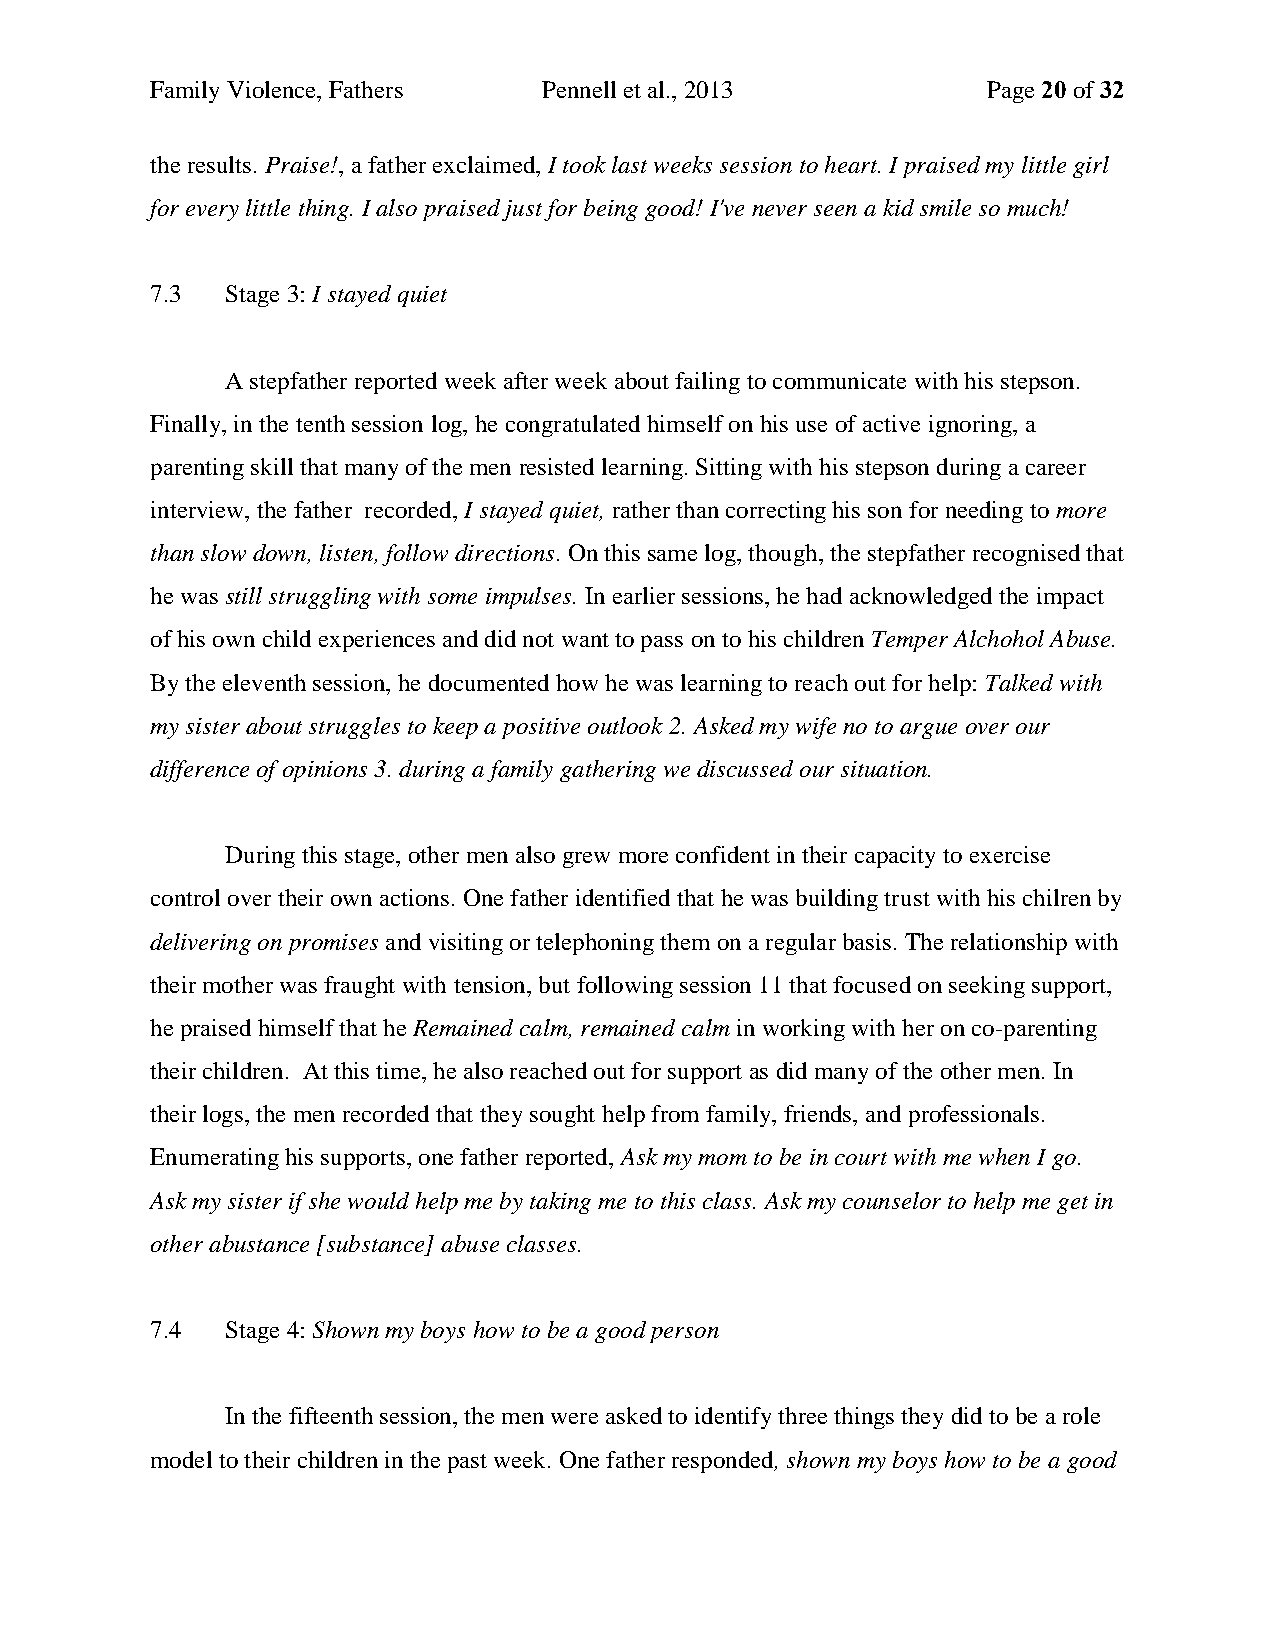
Family Violence, Fathers  Pennell et al., 2013         Page 20 of 32
 the results. Praise!, a father exclaimed, I took last weeks session to heart. I praised my little girl
 for every little thing. I also praised just for being good! I've never seen a kid smile so much!
 7.3  Stage 3: I stayed quiet
 A stepfather reported week after week about failing to communicate with his stepson.
 Finally, in the tenth session log, he congratulated himself on his use of active ignoring, a
 parenting skill that many of the men resisted learning. Sitting with his stepson during a career
 interview, the father recorded, I stayed quiet, rather than correcting his son for needing to more
 than slow down, listen, follow directions. On this same log, though, the stepfather recognised that
 he was still struggling with some impulses. In earlier sessions, he had acknowledged the impact
 of his own child experiences and did not want to pass on to his children Temper Alchohol Abuse.
 By the eleventh session, he documented how he was learning to reach out for help: Talked with
 my sister about struggles to keep a positive outlook 2. Asked my wife no to argue over our
 difference of opinions 3. during a family gathering we discussed our situation.
 During this stage, other men also grew more confident in their capacity to exercise
 control over their own actions. One father identified that he was building trust with his chilren by
 delivering on promises and visiting or telephoning them on a regular basis. The relationship with
 their mother was fraught with tension, but following session 11 that focused on seeking support,
 he praised himself that he Remained calm, remained calm in working with her on co-parenting
 their children. At this time, he also reached out for support as did many of the other men. In
 their logs, the men recorded that they sought help from family, friends, and professionals.
 Enumerating his supports, one father reported, Ask my mom to be in court with me when I go.
 Ask my sister if she would help me by taking me to this class. Ask my counselor to help me get in
 other abustance [substance] abuse classes.
 7.4  Stage 4: Shown my boys how to be a good person
 In the fifteenth session, the men were asked to identify three things they did to be a role
 model to their children in the past week. One father responded, shown my boys how to be a good